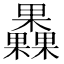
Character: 𣡗